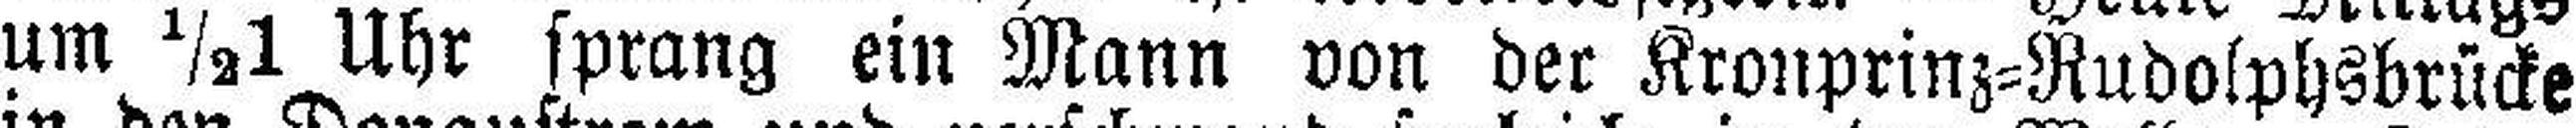
um ½1 Uhr sprang ein Mann von der Kronprinz=Rudolphsbrücke